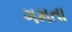
ગમતા